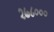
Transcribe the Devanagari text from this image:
२७८०००